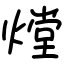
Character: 𤎌